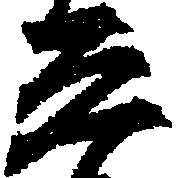
ゑ